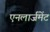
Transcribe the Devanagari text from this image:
एनलार्जमेंट